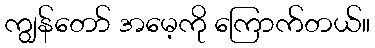
ကျွန်တော် အမေ့ကို ကြောက်တယ်။